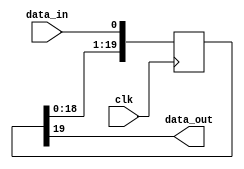
module delay 
#(	
    parameter DATA_WIDTH = 1, 
	parameter DELAY = 20, 

    //internal
    parameter SHIFT_REG_WIDTH = DATA_WIDTH*DELAY
)
(
	input 						    clk, 
	input      [DATA_WIDTH-1:0] data_in, 
	output     [DATA_WIDTH-1:0] data_out
); 

reg [SHIFT_REG_WIDTH-1:0] shift_reg;
assign data_out = shift_reg[SHIFT_REG_WIDTH-1:SHIFT_REG_WIDTH-DATA_WIDTH];

always @ (posedge clk) begin
        shift_reg[SHIFT_REG_WIDTH-1:DATA_WIDTH] <= shift_reg[SHIFT_REG_WIDTH-1-DATA_WIDTH:0];
        shift_reg[DATA_WIDTH-1:0] <= data_in;
end
    
endmodule

module single_delay
#(parameter DATA_WIDTH = 1)
(
    input clk,
    input [DATA_WIDTH-1:0] data_in, 
    output reg [DATA_WIDTH-1:0] data_out
);
always @ (posedge clk) begin
    data_out <= data_in;
end
endmodule